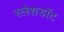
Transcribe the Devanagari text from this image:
स्लेशडॉट